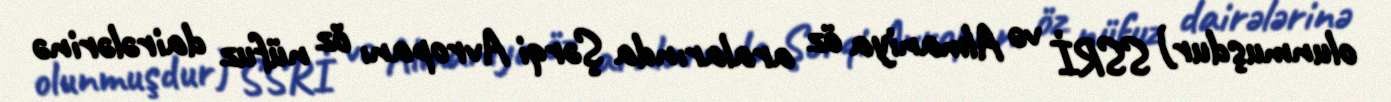
olunmuşdur) SSRİ və Almaniya öz aralarında Şərqi Avropanı öz nüfuz dairələrinə